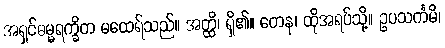
အရှင်ဓမ္မရက္ခိတ မထေရ်သည်။ အတ္ထိ၊ ရှိ၏။ တေန၊ ထိုအရပ်သို့။ ဥပသင်္ကမိ၊